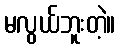
မလွယ်ဘူးတဲ့။